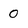
Character: 0